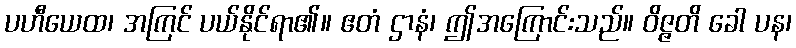
ပဟီယေထ၊ အကြင် ပယ်နိုင်ရာ၏။ ဧတံ ဌာနံ၊ ဤအကြောင်းသည်။ ဝိဇ္ဇတိ ခေါ ပန၊